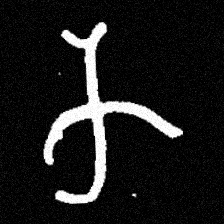
Pyu character \u2014 Myanmar letter: က (romanized: ka)